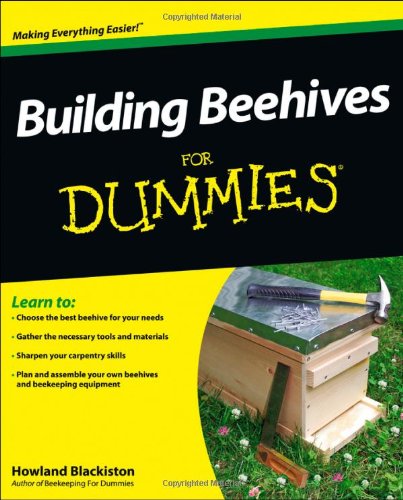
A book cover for Building Beehives For Dummies; Howland Blackiston; Science & Math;